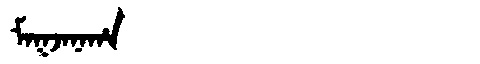
Manchu: ᠮᠠᡴᠵᠠᠨᠠᡥᠠ
Romanization: MAKJANAHA